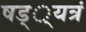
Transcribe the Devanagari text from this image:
षड््यत्रं